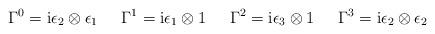
LaTeX: \begin{align*}\Gamma^0 = {\rm i} \epsilon_2 \otimes \epsilon_1 \hspace{6mm}\Gamma^1 = {\rm i} \epsilon_1 \otimes {\boldmath 1} \hspace{6mm}\Gamma^2 = {\rm i} \epsilon_3 \otimes {\boldmath 1} \hspace{6mm} \Gamma^3 = {\rm i} \epsilon_2 \otimes \epsilon_2\end{align*}